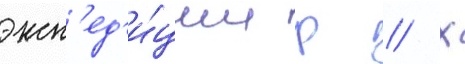
эксп'ед'и́ции р // Х